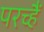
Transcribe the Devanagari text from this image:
परच्हैं